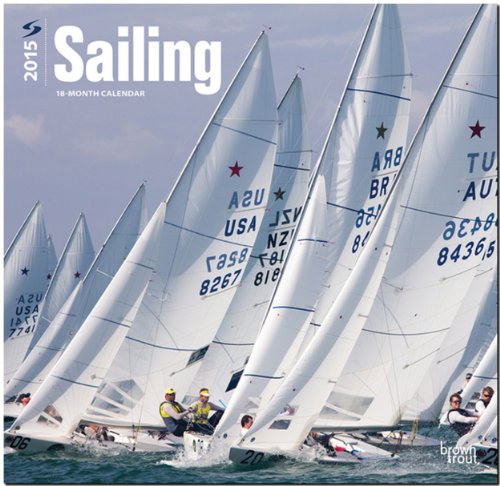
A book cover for Sailing 2015 Square 12x12; BrownTrout; Calendars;